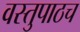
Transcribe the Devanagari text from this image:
वस्तुपाठच